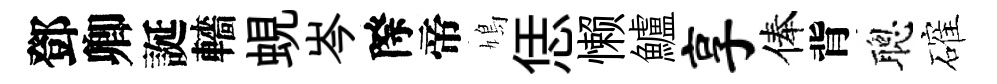
鄧卿誕轖蜆岑際帝鳩恁懒鱸享俸背聰確